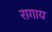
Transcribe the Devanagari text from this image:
रागाय